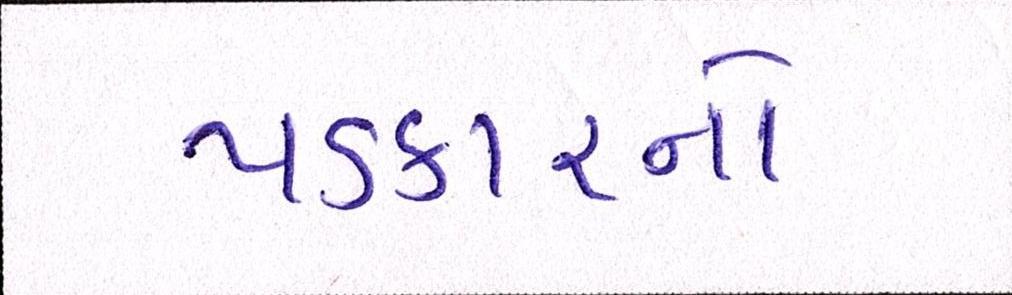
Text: પડકારનો